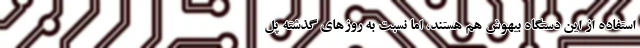
استفاده از این دستگاه بیهوش هم هستند، اما نسبت به روزهای گذشته پل